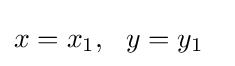
x=x_{1},\ \ y=y_{1}\ \